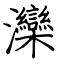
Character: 灤